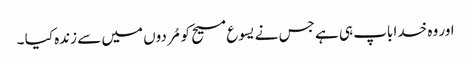
اور وہ خدا باپ ہی ہے جس نے یسوع مسیح کو مُردوں میں سے زندہ کیا ۔